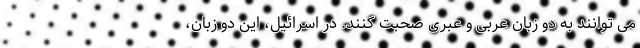
می توانند به دو زبان عربی و عبری صحبت کنند. در اسرائیل، این دو زبان،